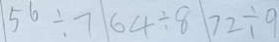
5 6 \div 7 6 4 \div 8 7 2 \div 9